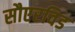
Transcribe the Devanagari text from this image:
सौएरविड